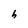
Character: h